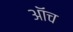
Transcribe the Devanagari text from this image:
ऑच